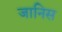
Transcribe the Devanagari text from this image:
जानिस